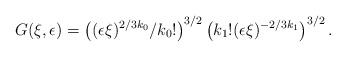
\begin{align*} G(\xi, \epsilon) = \left( (\epsilon \xi)^{2/3 k_0} /k_0! \right)^{3/2} \left( k_1! (\epsilon \xi)^{-2/3 k_1} \right)^{3/2}. \end{align*}